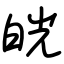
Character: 㿠